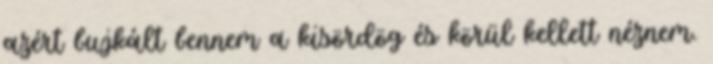
azért bujkált bennem a kisördög és körül kellett néznem.